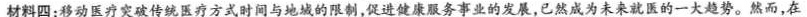
材料四：移动医疗突破传统医疗方式时间与地域的限制，促进健康服务事受的发展，已然成为未来就医的一大趋势。然而，在